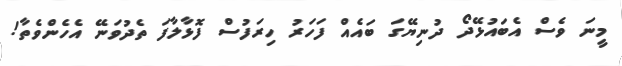
މީނަ ވެސް އެބައުޅޭދޯ ދުނިޔޭގަ ބައެއް ފަހަރު ހިރަފުސް ފޮޅާލާފަ ތެދުވަނޭ އެހެންވެތާ!